Papers set at the Examination for Leaving Certificates, 1890
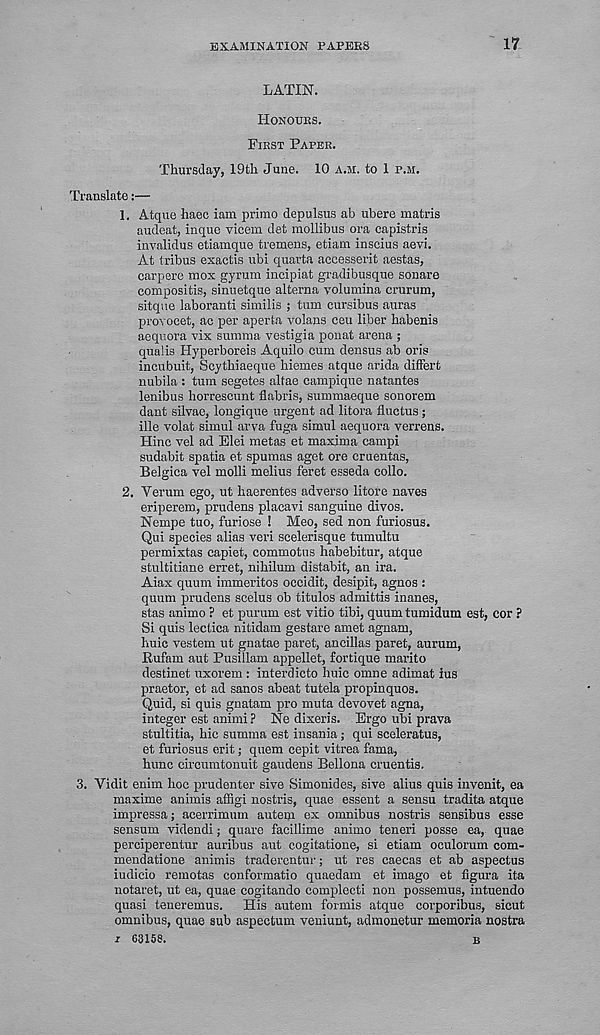
EXAMINATION PAPERS
17
LATIN.
HONOURS.
FIRST PAPER.
Thursday, 19th June. 10 A.M. to 1 P.M.
Translate:—
1. Atque haec iam prime depulsus ab ubere matris
audeat, inque vicem det mollibus ora capistris
invalidus etiamque tremens, etiarn inscius aevi.
At tribus exactis ubi quarta accesserit aestas,
carpere mox gyrum incipiat gradibusque sonars
compositis, sinuetque alterna yolumina crurum,
sitque laboranti similis ; turn cursibus auras
provocet, ac per aperta volans ceu liber habenis
aequora vix summa vestigia ponat arena ;
qualis Hyperboreis Aquilo cum densus ab oris
incubuit, Scythiaeque hiemes atque arida differt
nubila : turn segetes altae campique natantes
lenibus horrescunt flabris, summaeque sonorem
dant silvae, longique urgent ad litora fluctus ;
ille volat simul arva fuga simul aequora verrens.
Hinc vel ad Elei metas et maxima campi
sudabit spatia et spumas aget ore cruentas,
Belgica vel molli melius feret esseda collo.
2. Verum ego, ut haerentes adverso litoi-e naves
eriperem, prudens placavi sanguine divos.
Nempe tuo, furiose ! Meo, sed non furiosus.
Qui species alias veri scelerisque tumultu
permixtas capiet, commotus habebitur, atque
stultitiane erret, nihilum distabit, an ira.
Aiax quum immeritos occidit, desipit, agnos s
quum prudens scelus ob titulos admittis inanes,
stas animo ? et purum est vitio tibi, quum tumidum est, cor ?
Si quis lectica nitidam gestare amet agnam,
huic vestem ut gnatae paret, ancillas paret, aurum,
Rufam aut Pusillam appellet, fortique marito
destinet uxorem : interdicto huic omne adimat ius
praetor, et ad sanos abeat tutela propinquos.
Quid, si quis gnatam pro muta devovet agna,
integer est animi ? Ne dixeris. Ergo ubi prava
stultitia, hie summa est insania; qui sceleratus,
et furiosus erit; quem cepit vitrea fama,
hunc circumtonuit gaudens Bellona cruentis.
3.
Yidit enim hoc prudenter sive Simonides, sive alius q
maxime animis affigi nostris, quae essent a sensu tradita atque
impressa; acerrimum autem ex omnibus nostris sensibus esse
sensum videndi; quare facillime animo teneri posse ea, quae
perciperentur auribus aut cogitatione, si etiam oculorum com-
mendatione animis traderentur; ut res caecas et ab aspectus
iudicio remotas conformatio quaedam et imago et figura ita
notaret, ut ea, quae cogitando complecti non possemus, intuendo
quasi teneremus.
His autem formis atque corporibus, sicut
omnibus, quae sub aspectum veniunt, admonetur memoria nostra
i 63158.
B